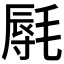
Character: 𰚩